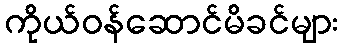
ကိုယ်ဝန်ဆောင်မိခင်များ